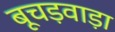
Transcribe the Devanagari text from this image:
बूचड़वाड़ा